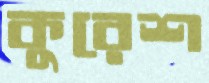
কুরেশ